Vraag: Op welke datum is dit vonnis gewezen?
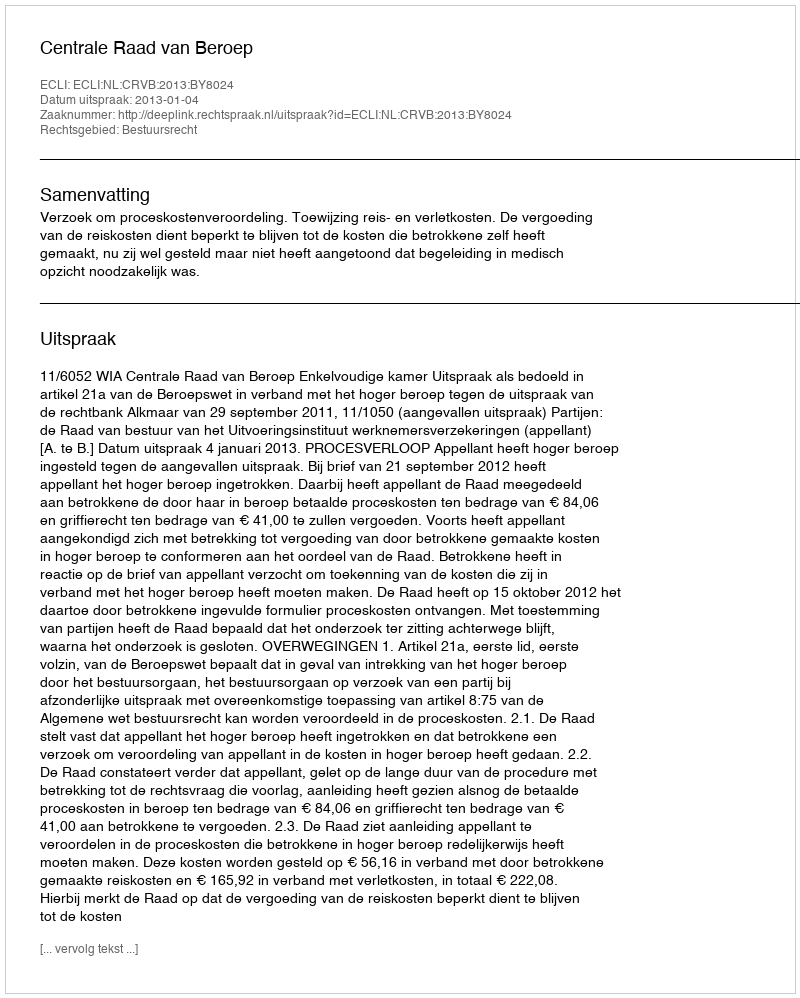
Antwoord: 2013-01-04